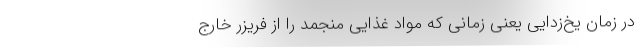
در زمان یخ‌زدایی یعنی زمانی که مواد غذایی منجمد را از فریزر خارج